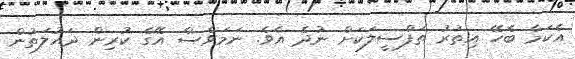
އެކަމާ ބެހޭ އިތުރު ތަފްސީލަކަށް ނުދެ އެވެ. ނަމަވެސް އޭގެ ކުރިން ދައުލަތުން